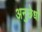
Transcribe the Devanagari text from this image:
अनुछेधों